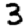
Digit: 3